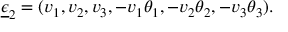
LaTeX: \underline { { { \epsilon } } } _ { 2 } = ( v _ { 1 } , v _ { 2 } , v _ { 3 } , - v _ { 1 } \theta _ { 1 } , - v _ { 2 } \theta _ { 2 } , - v _ { 3 } \theta _ { 3 } ) .